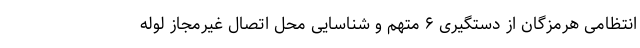
انتظامی هرمزگان از دستگیری ۶ متهم و شناسایی محل اتصال غیرمجاز لوله